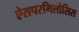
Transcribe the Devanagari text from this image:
ऐसपरगिलोसिस